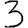
Digit: 3